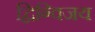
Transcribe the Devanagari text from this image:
द्विग्विजय